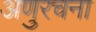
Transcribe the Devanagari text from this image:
अणुरचना